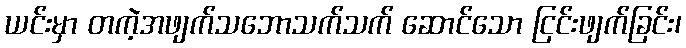
ယင်းမှာ တကဲ့အဖျက်သဘောသက်သက် ဆောင်သော ငြင်းဖျက်ခြင်း၊